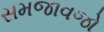
સમજાવજો